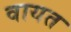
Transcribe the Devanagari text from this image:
वायत